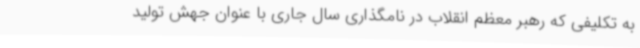
به تکلیفی که رهبر معظم انقلاب در نامگذاری سال جاری با عنوان جهش تولید